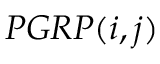
P G R P ( i , j )